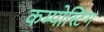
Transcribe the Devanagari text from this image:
कम्पोस्टिंग